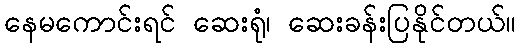
နေမကောင်းရင် ဆေးရုံ၊ ဆေးခန်းပြနိုင်တယ်။